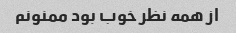
از همه نظر خوب بود ممنونم